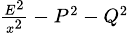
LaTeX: \scriptstyle{\frac{E^{2}}{x^{2}}}\, -\, P^{2}\, -\, Q^{2}